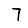
Digit: 7